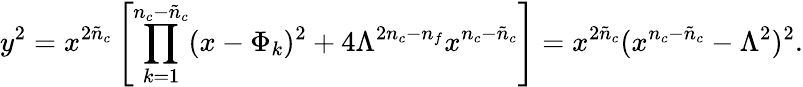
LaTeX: y^{2}=x^{2\tilde{n}_{c}}\left[\prod_{k=1}^{n_{c}-\tilde{n}_{c}}(x-\Phi_{k})^{2}+4\Lambda^{2n_{c}-n_{f}}x^{n_{c}-\tilde{n}_{c}}\right]=x^{2{\tilde{n}}_{c}}(x^{n_{c}-{\tilde{n}}_{c}}-\Lambda^{2})^{2}.